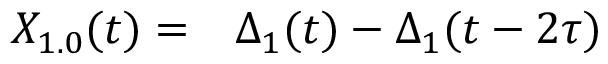
\begin{array} { r l } { X _ { 1 . 0 } ( t ) = } & { { } \Delta _ { 1 } ( t ) - \Delta _ { 1 } ( t - 2 \tau ) } \end{array}